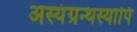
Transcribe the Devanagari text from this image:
अस्यंग्रन्थस्यापि